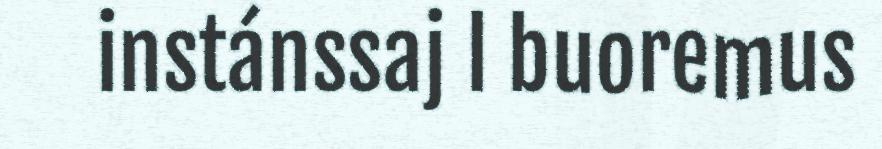
instánssaj l buoremus